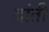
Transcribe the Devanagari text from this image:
दांती